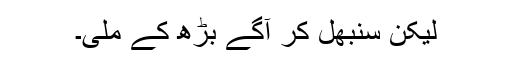
لیکن سنبھل کر آگے بڑھ کے ملی۔